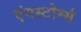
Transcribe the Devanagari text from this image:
एंगस्टोर्म्स